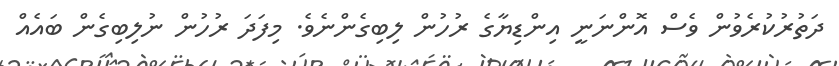
ދަތުރުކުރެވުން ވެސް އޮންނަނީ އިންޑިޔާގެ ރުހުން ލިބިގެންނެވެ. މިފަދަ ރުހުން ނުލިބިގެން ބައެއް